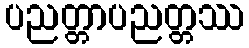
ပညတ္တာပညတ္တဿ